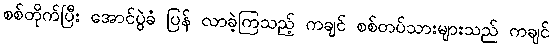
စစ်တိုက်ပြီး အောင်ပွဲခံ ပြန် လာခဲ့ကြသည့် ကချင် စစ်တပ်သားများသည် ကချင်